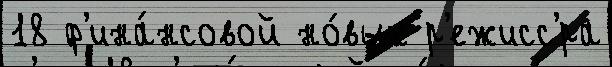
18 ф'ина́нсовой но́вых р'ежисс'́ра